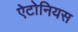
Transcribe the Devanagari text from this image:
ऐटोनियस